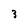
Character: 3